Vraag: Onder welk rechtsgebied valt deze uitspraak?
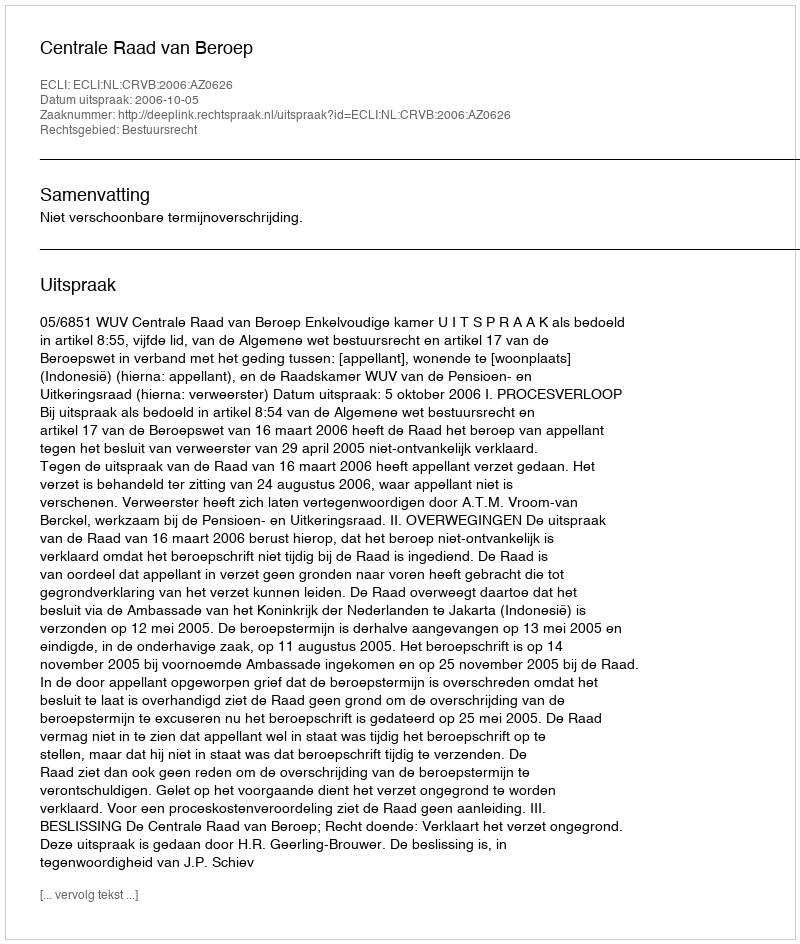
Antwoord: Bestuursrecht